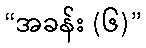
“အခန်း (၆)”